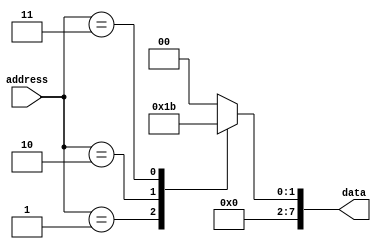
module rom (
    input [7:0] address,
    output reg [7:0] data
);

always @* begin
    case (address)
        0: data = 8'b00000000;
        1: data = 8'b00000001;
        2: data = 8'b00000010;
        3: data = 8'b00000011;
        // Add more cases for additional data values
        default: data = 8'b00000000; // Default case, data is 0 for undefined addresses
    endcase
end

endmodule